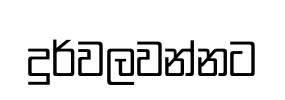
දුර්වලවන්නට